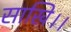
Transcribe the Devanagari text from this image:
साखि।।